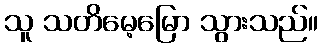
သူ သတိမေ့မြော သွားသည်။